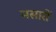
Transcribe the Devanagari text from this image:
मसारों